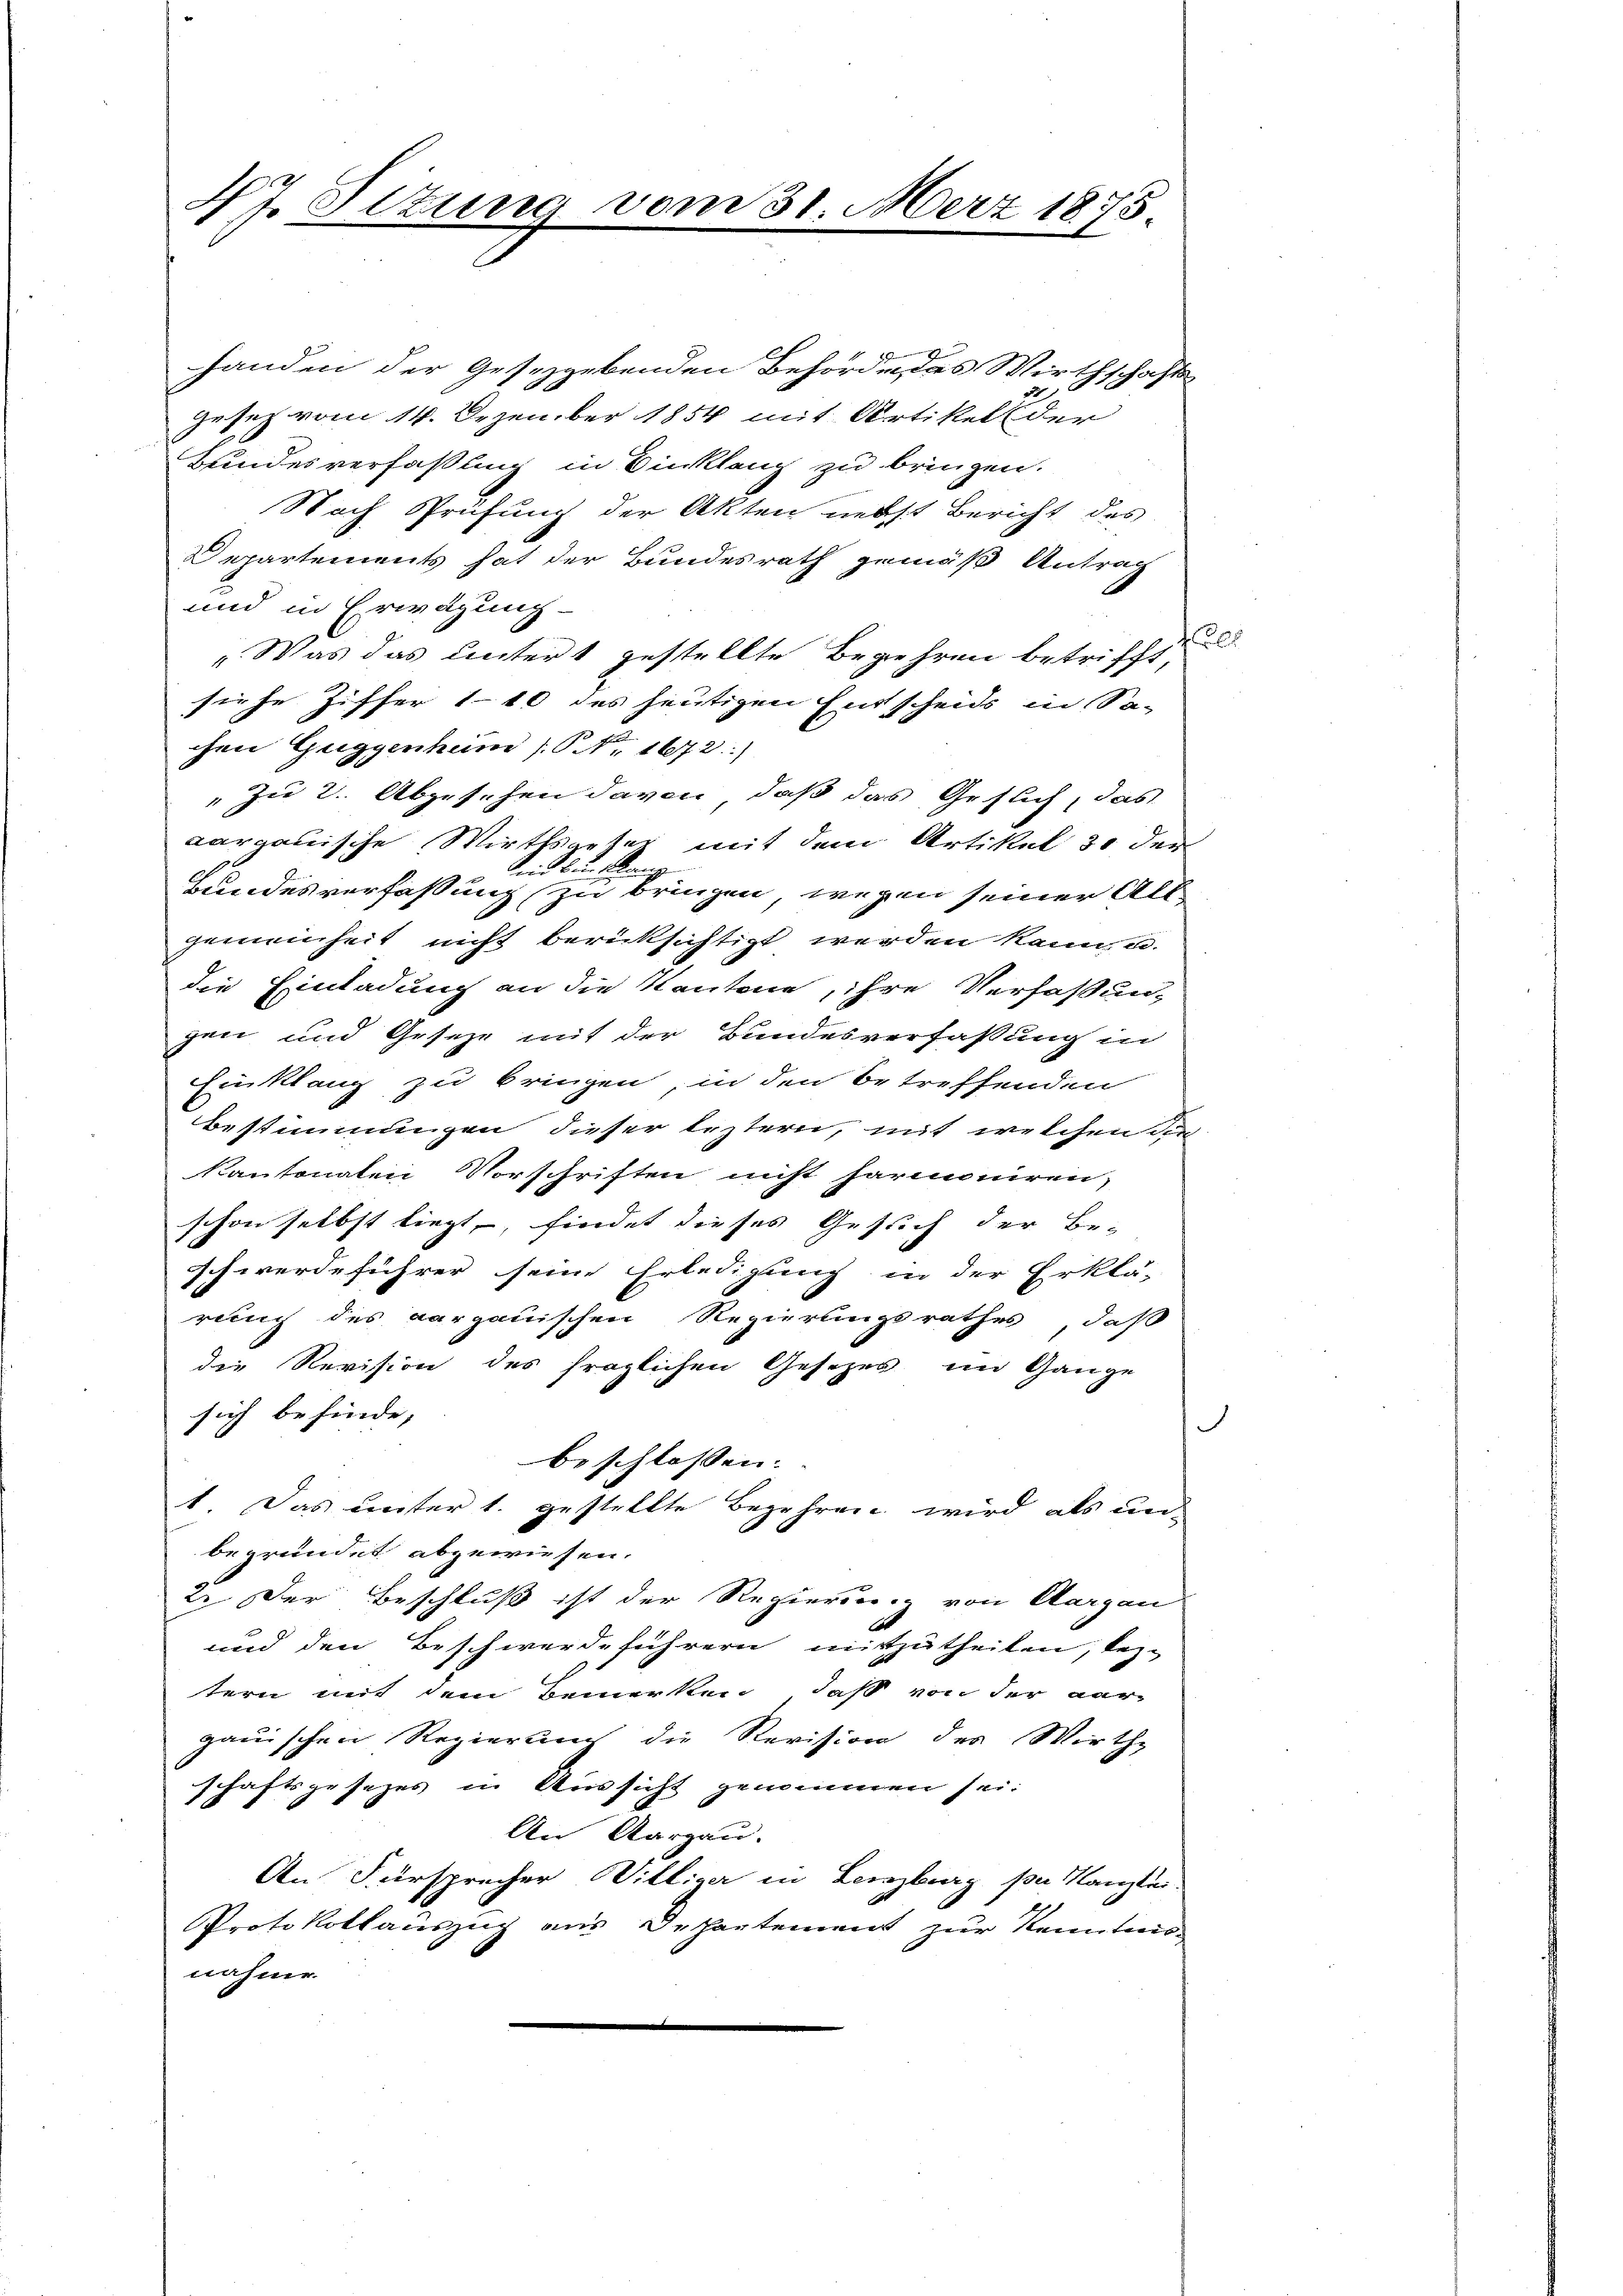
8
handen der Gesezgebenden Behörde das Wirthschafts
Gesetz vom 14. Dezember 1854 mit Artikel der
Bundesverfaßung in Einklang zu bringen.
Nach Prüfung der Akten nebst Bericht des
Departements hat der Bundesrath gemäß Antrag
und in Erwägung
„Was das untert gestellte Begehren betrifft,
siehe Ziffer 110 des heutigen Entscheids in So-
chen Guggenheim (S. 1672.)
" zu 2. Abgeschen davon, daß das Gesuch, das
aargauische Wirthsgeter mit dem Artikel 31 der
id Bunklang
Bundesverfassung zu bringen, wegen seiner Allgemeinheit nicht berücksichtigt werden kann, u.
die Einladung an die Kantone, ihre Verfaßung
gen und Geseze mit der Bundesverfassung in
Einklang zu bringen, in den betreffenden
Bestimmungen dieser leztern, mit welchen die
Kantonaten Vorschriften nicht harmoniren,
schon selbst liegt, findet dieses Gesuch der Be-
schwerdeführer seine Erledigung in der Erklä-
rung des aargauischen Regierungsrathes, daß
die Revision des fraglichen Gesezes im Gange
sich befinde, |
S
beschlossen:
1. Das unter 1. gestellte Begehren wird als unbegründet abgewiesen.
2. Der Beschluß ist der Regierung von Aargau
und den Beschwerdeführern mitzutheilen, bez-
tern mit dem Bemerken, daß von der dar-
gauischen Regierung die Revision des Wirth-
schaftsgesetzes in Aussicht genommen sei.
An Aargau.
An Fürsprecher Willige in Lenzburg per Kanzlei
Protokollauszug aus Departement zur Kenntnis
nahme

N J. Sitzung vom 31. März 1878

6